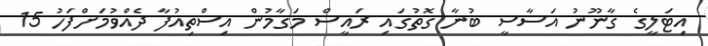
އިޓަލީގެ ގާނޫނު އަަސާސީ ބުނާ ގޮތުގައި ރައީސް މަގާމުން އިސްތިއުފާ ދެއްވުމަށްފަހު 15